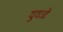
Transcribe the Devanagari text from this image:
युवओं